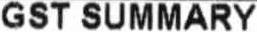
GST SUMMARY